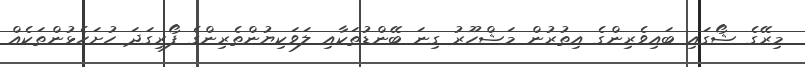
މިރޭގެ ޝޯގައި ބައިވެރިންގެ އިތުރުން މަޝްހޫރު ގިނަ ބޭންޑުތަކާއި ލަވަކިޔުންތެރިންގެ ފޯރިގަދަ ހުށަހެޅުންތަކެއް